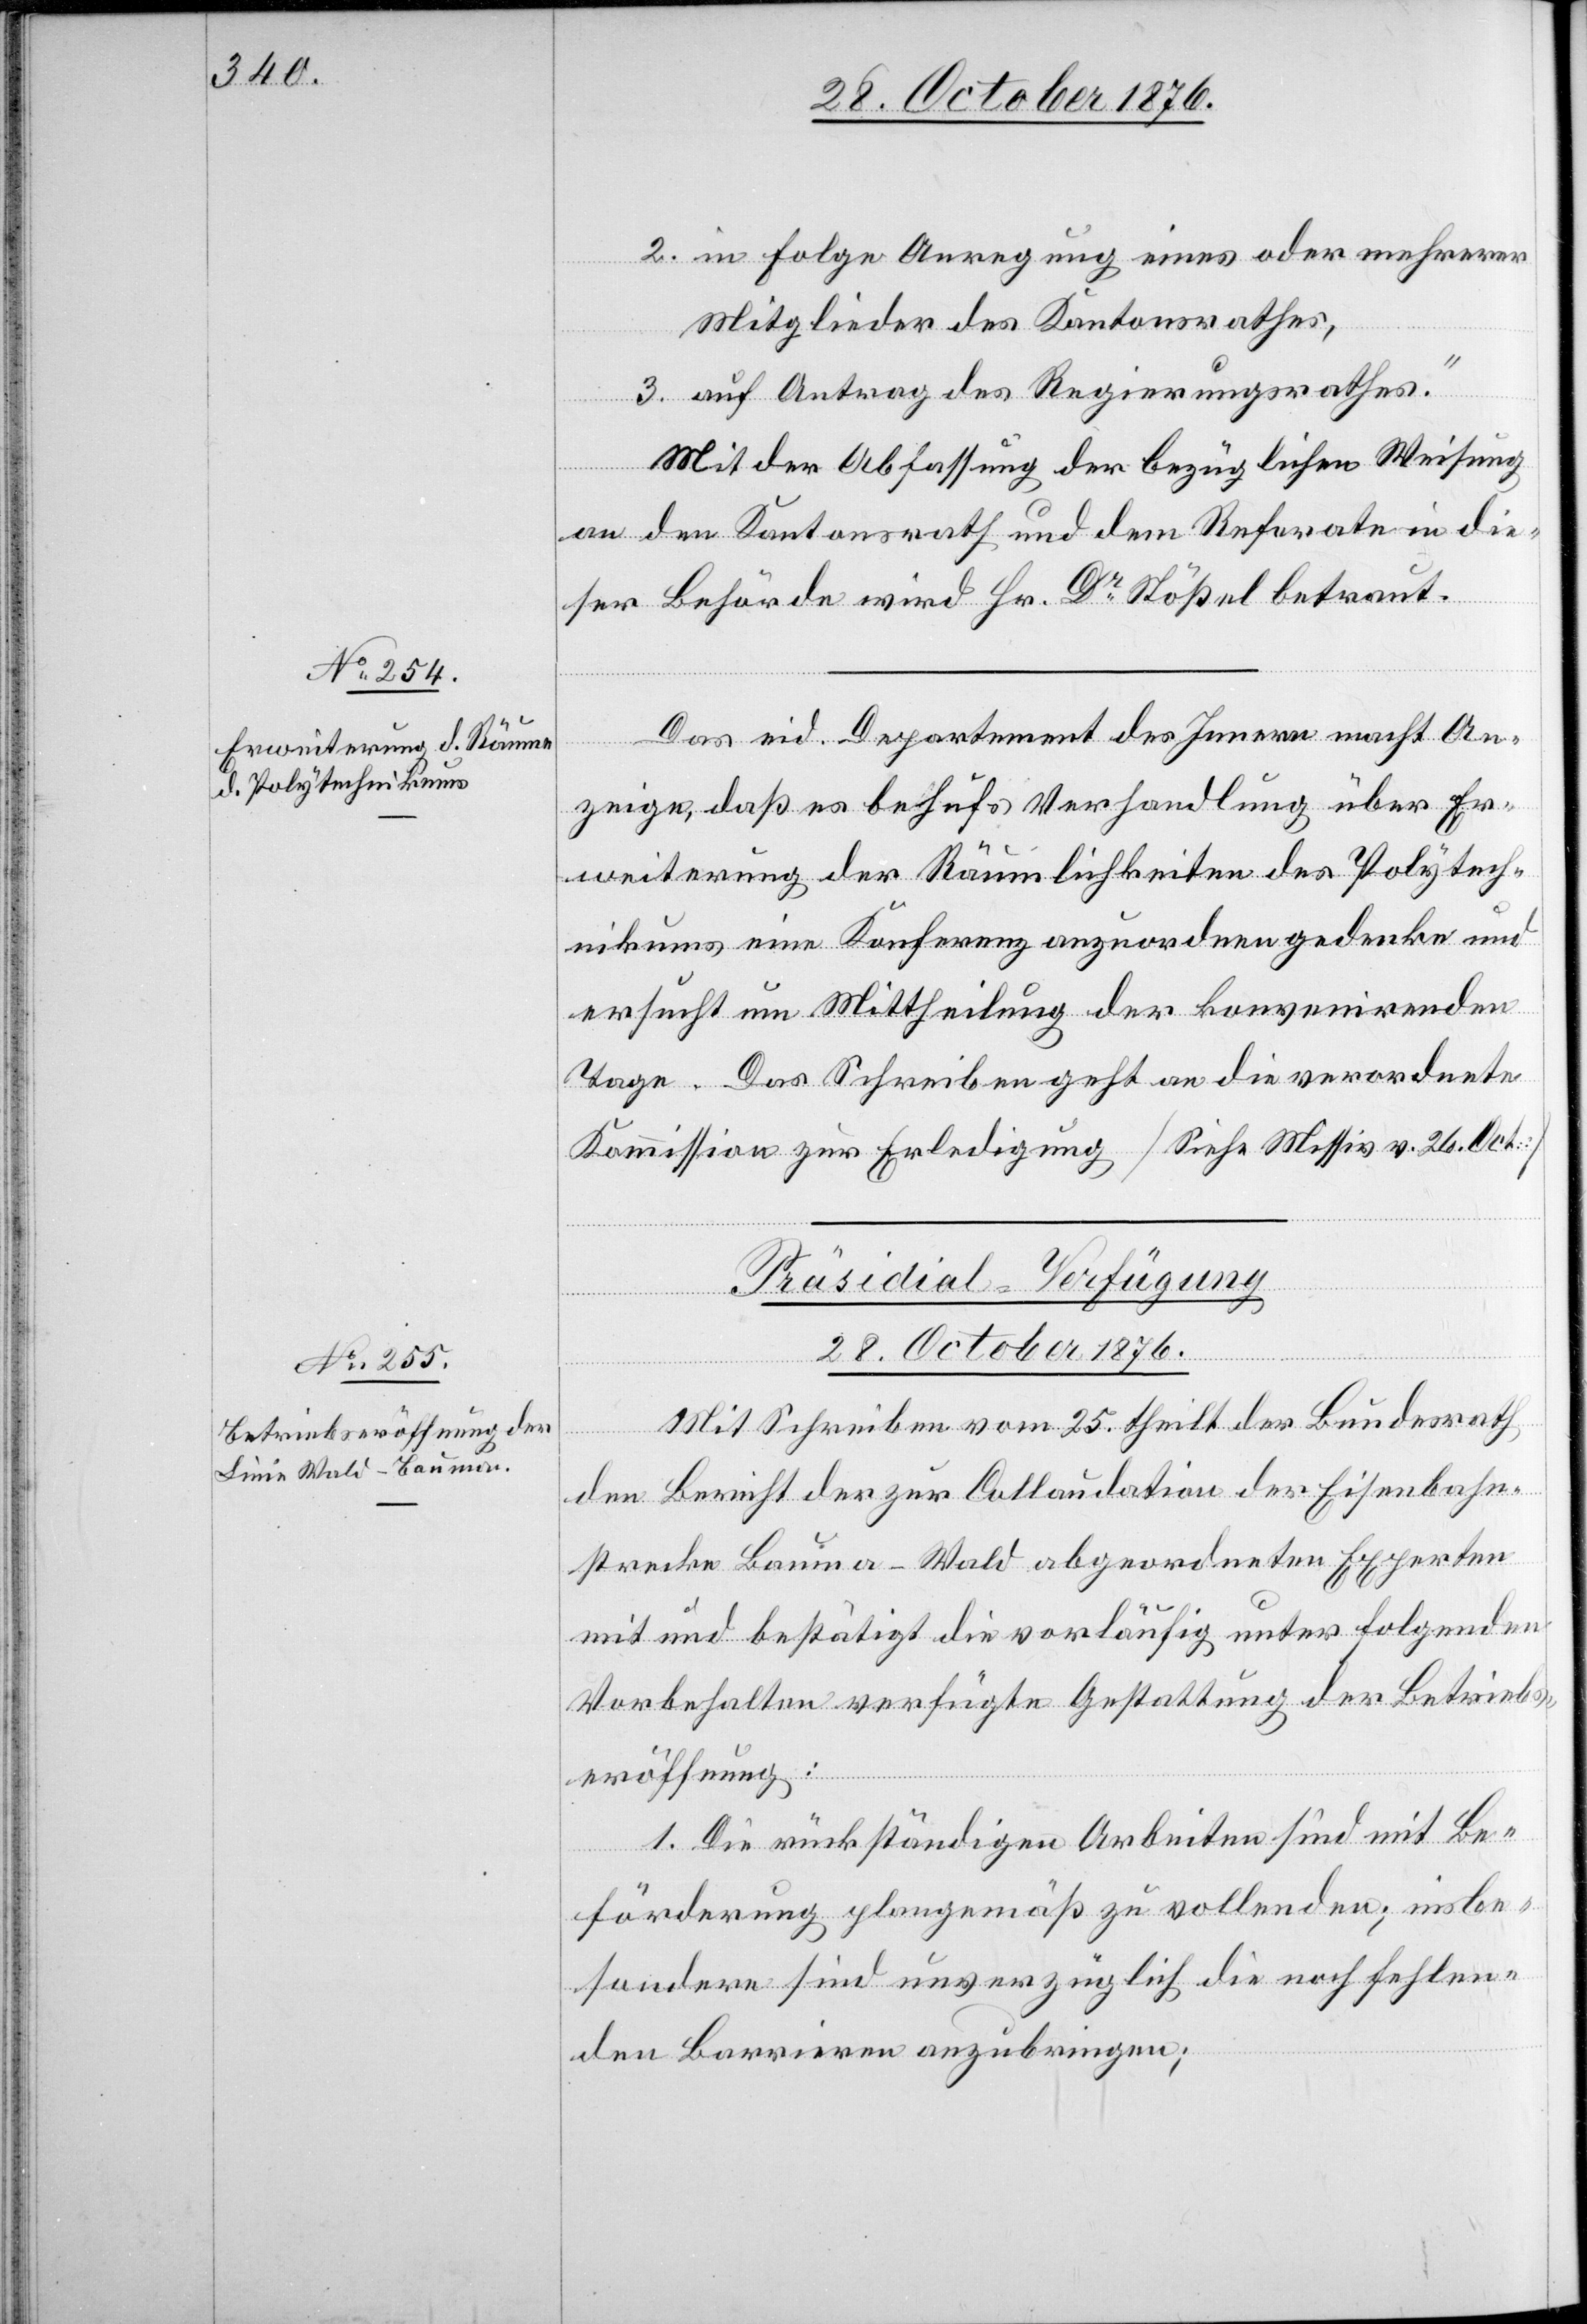
2. in Folge Anregung eines oder mehrerer
Mitglieder des Kantonsrathes,
3. auf Antrag des Regierungsrathes,“
Mit Abfassung der bezüglichen Weisung
an den Kantonsrath und dem Referate in die¬
ser Behörde wird Hr. Dr Stößel betraut.
Das eid. Departement des Innern macht An¬
zeige, daß es behufs Verhandlung über Er¬
weiterung der Räumlichkeiten des Polytech¬
nikums eine Konferenz anzuordnen gedenke und
ersucht um Mittheilung der konvenirenden
Tage. Das Schreiben geht an die verordnete
Kommission zur Erledigung [Siehe Missiv v. 26. Oct.][.]
Präsidial-Verfügung
28. October 1876.
Mit Schreiben vom 25. theilt der Bundesrath
den Bericht der zur Collaudation der Eisenbahn¬
strecke Bauma–Wald abgeordneten Experten
mit und bestätigt die vorläufig unter folgenden
Vorbehalten verfügte Gestattung der Betriebs¬
eröffnung:
1. Die rückständigen Arbeiten sind mit Be¬
förderung plangemäß zu vollenden; insbe¬
sondere sind unverzüglich die noch fehlen¬
den Barrieren anzubringen;